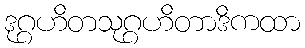
ဒုဂ္ဂဟိတသုဂ္ဂဟိတာဒိကထာ